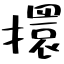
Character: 擐